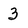
Character: 3